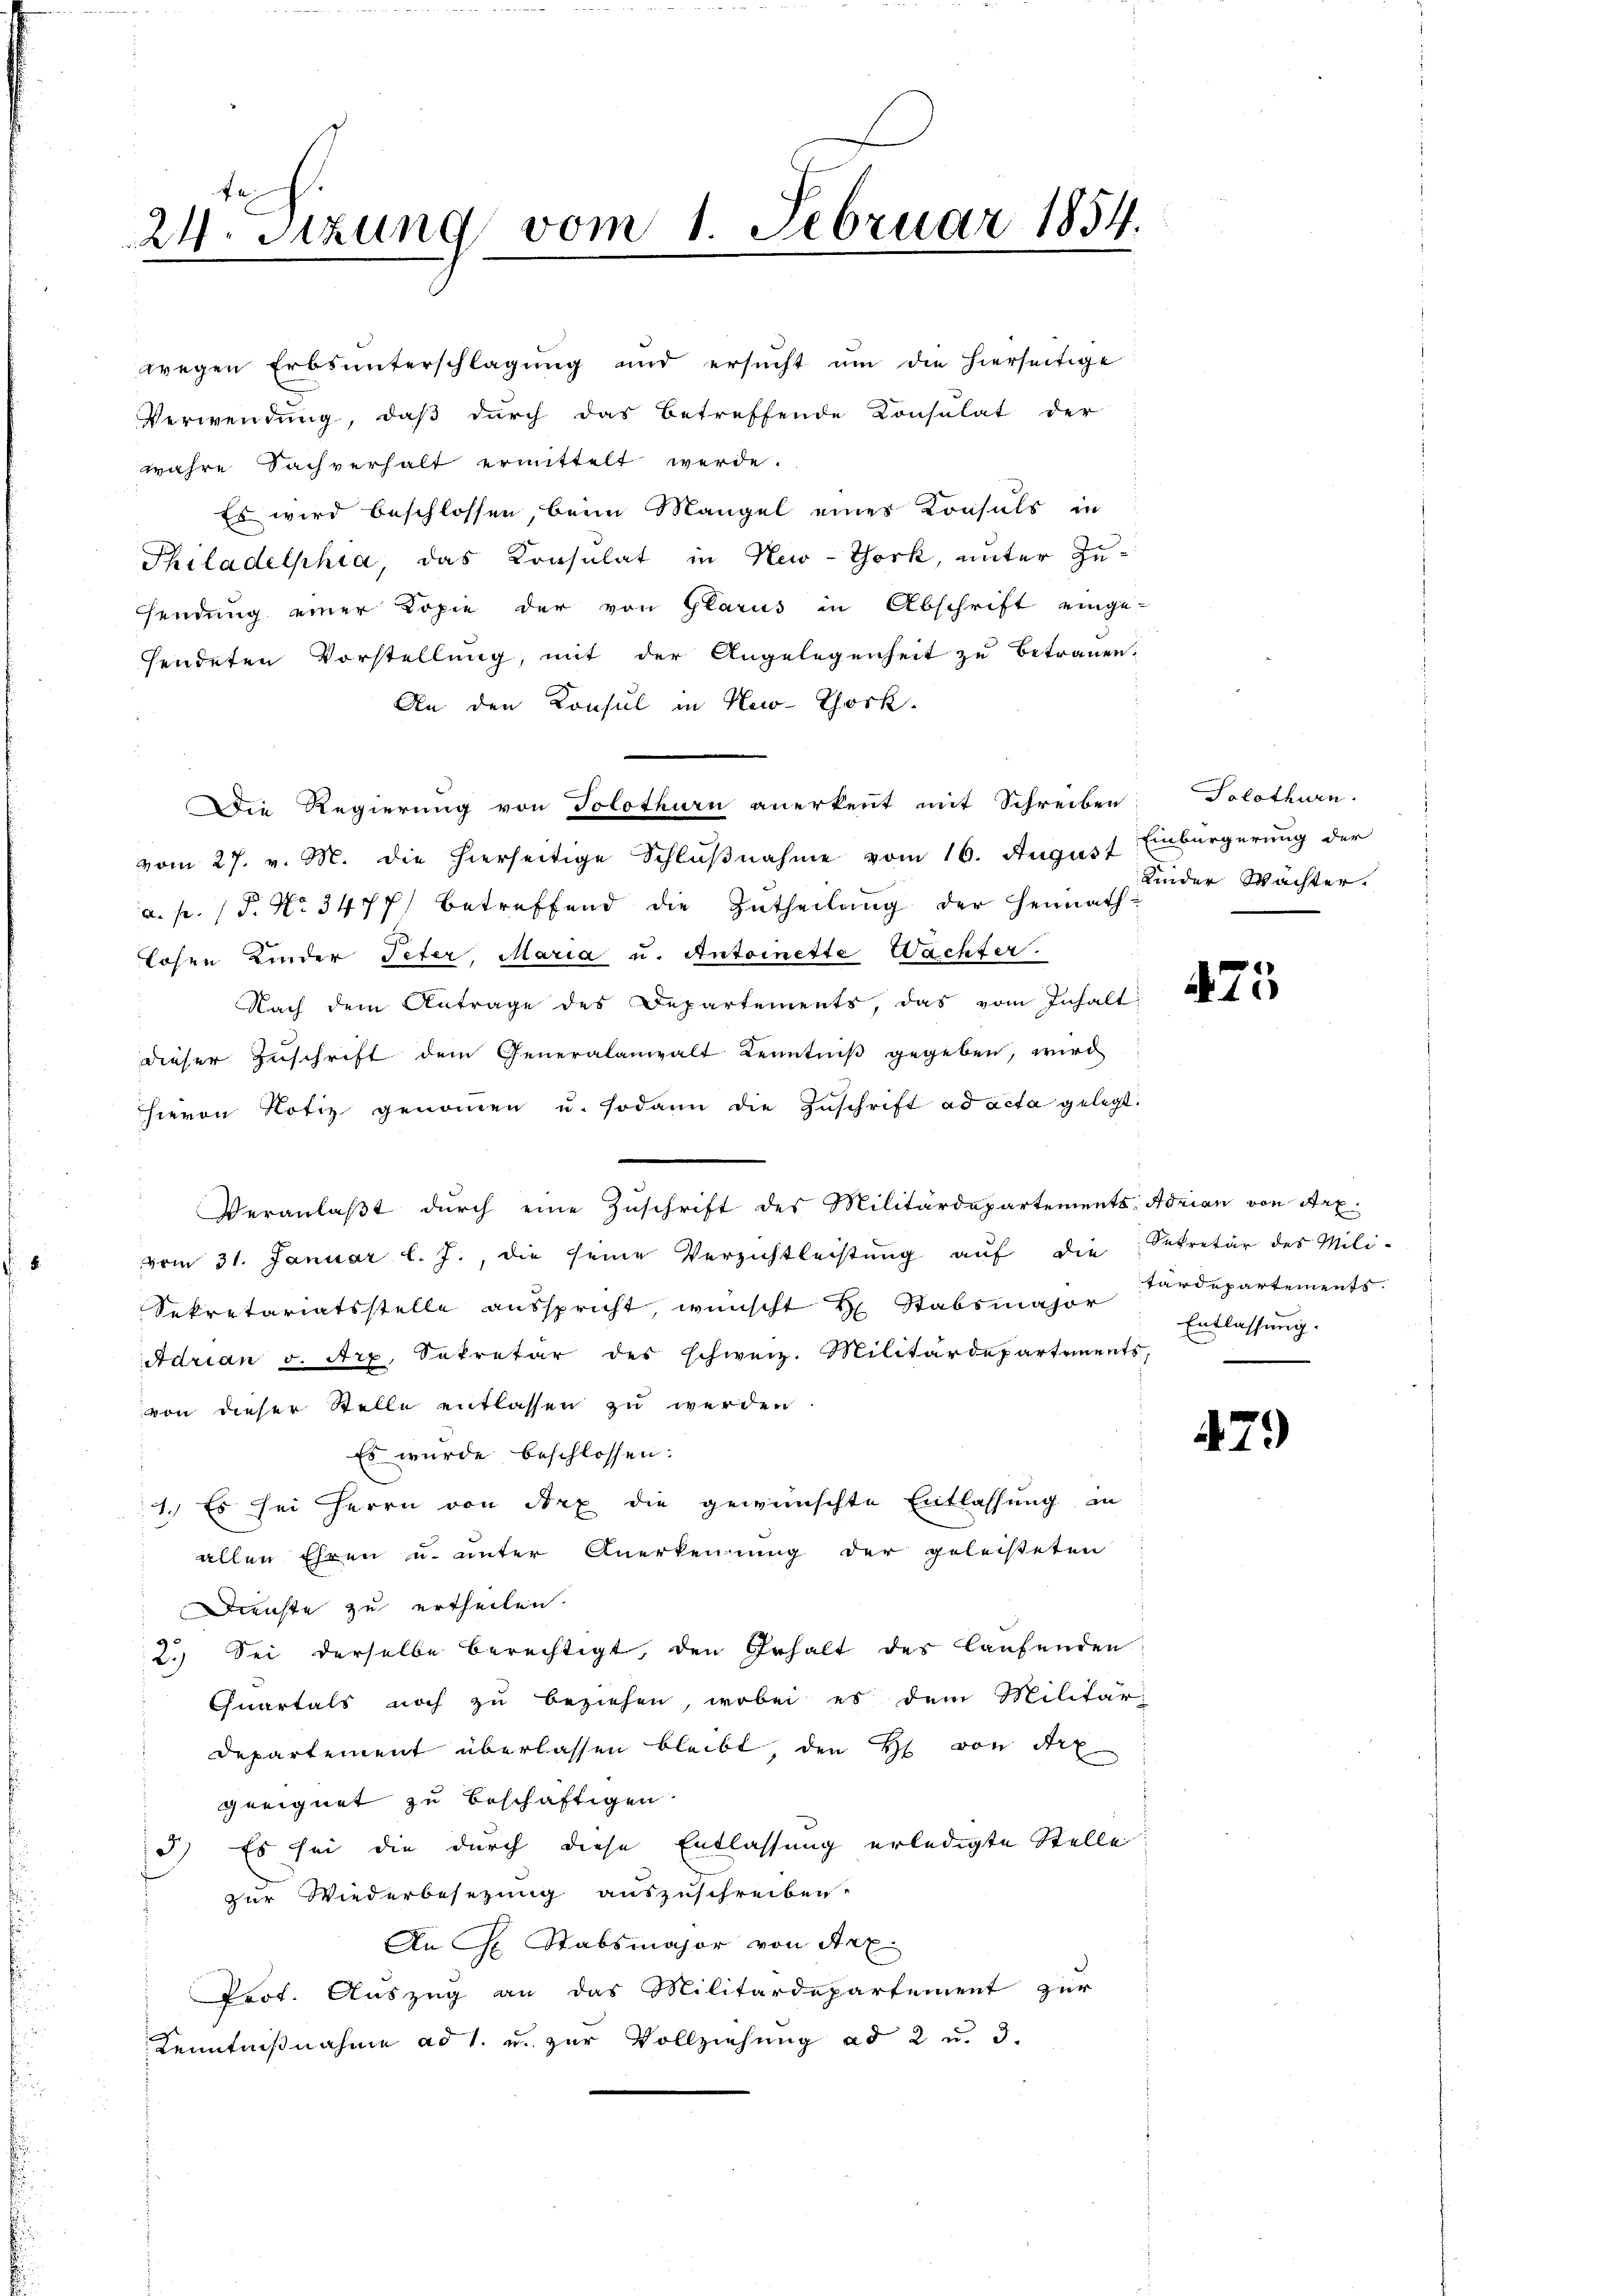
24. Sitzung vom 1. Februar 1854.

wegen Erbsunterschlagung und ersŭcht ŭm die hierseitige
Verwendung, daß durch das betreffende Consulat der
wahre Sachverhalt ermittelt werde.
Es wird beschlossen, beim Mangel eines Konsuls in
Philadelphia, das Konsulat in New-York, unter Zusendung einer Kopie der von Glarus in Abschrift einge-
sendeten Vorstellung, mit der Angelegenheit zu betrauen.
An den Konsul in New-York.
Die Regierung von Solothurn anerkennt mit Schreiben
vom 27. v. M. die hierseitige Schlŭβnahme vom 16. August Einbürgerung der
a. p. P. No 3477) betreffend die Zutheilung der Heimath
Lohen Kinder Peter, Maria u. Antoinette Wachter.
Nach dem Antrage des Departements, das vom Inhalt
dieser Zuschrift dem Generalanwalt Kenntniß gegeben, wird
hievon Notiz genoṁen u. sodann die Zŭschrift ad acta gelegt.
Veranlaβt dŭrch eine Zuschrift des Militärdepartements Adrian von Arz
vom 31. Januar l. J., die seine Verzichtleistŭng aŭf die Sekretär des Mili-
Sekretariatsstelle ausspricht, wünscht Hr. Stabsmajor
Adrian v. Art. Sekretär des schweiz. Militärdepartements,
von dieser Stelle entlassen zu werden.
Es wurde beschlossen:
1. Es sei Herrn von Arx die gewünschte Entlassung in
allen Ehren u. unter Anerkennung der geleisteten
Dienste zu ertheilen.
2.) Sei derselbe berechtigt, den Inhalt des laufenden
Quartals noch zu beziehen, wobei es dem Militär-
Departement überlassen bleibt, den H. von Art
geeignet zu beschäftigen
3) Es sei die durch diese Entlassung erledigte Stelle
zur Wiederbesezung auszuschreiben.
An H. Stabsmajor von Arx
Prof. Auszug an das Militärdepartement zur
Kenntnißnahme ad 1. u. zur Vollziehung ad 2 u. 3.

Solothurn.
Kinder Wächter.

75

tärdepartements.
Entlassung.

479)